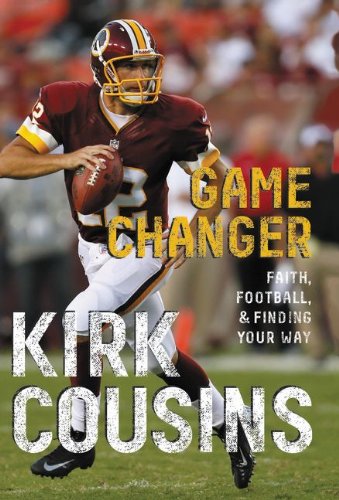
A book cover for Game Changer; Kirk Cousins; Biographies & Memoirs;